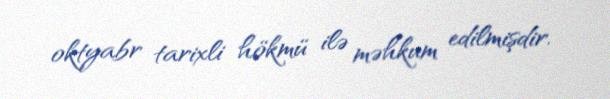
oktyabr tarixli hökmü ilə məhkum edilmişdir.